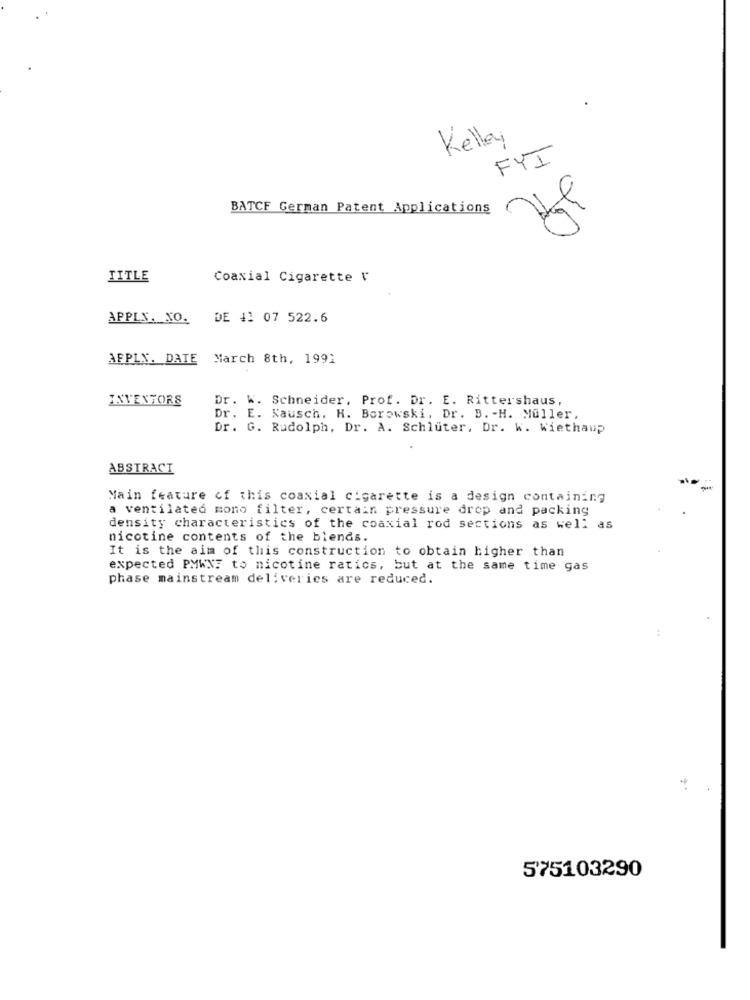
Kelley
FYI
BATCF German Patent Applications
TITLE
Coaxial Cigarette V
APPLY. NO.
DE 41 07 522.6
APPLY. DATE March 8th, 1991
INVENTORS
Dr. W. Schneider, Prof. Dr. E. Rittershaus,
Dr. E. Kausch, H. Borowski, Dr. B. - H. Muller.
Dr. G. Rudolph, Dr. A. Schluter, Dr. W. Wiethaup
ABSTRACT
-
Main feature of this coaxial cigarette is a design containing
a ventilated mono filter, certain pressure drop and packing
density characteristics of the coaxial rod sections as well as
nicotine contents of the blends.
It is the aim of this construction to obtain higher than
expected PMWNF to nicotine ratics, but at the same time gas
phase mainstream deliveries are reduced.
575103290